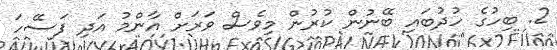
2. ބިހުގެ ހުދުބައި ބޭނުން ކުރުން މިވެސް ވަރަށް އާންމު އަދި ފަސޭހަ